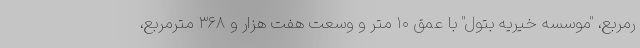
رمربع، "موسسه خیریه بتول" با عمق ۱۰ متر و وسعت هفت هزار و ۳۶۸ مترمربع،